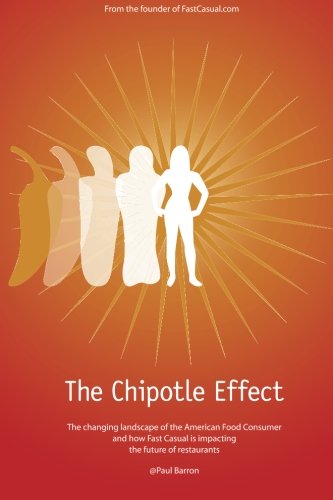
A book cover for The Chipotle Effect: The changing landscape of the American Social Consumer and how Fast Casual is impacting the future of restaurants. (Volume 1); Paul Barron; Business & Money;